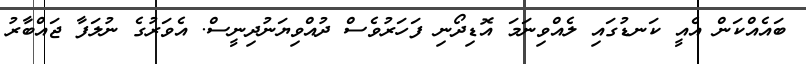
ބައެއްކަން އެއީ ކަނޑުގައި ލެއްވިނަމަ އޮޑިދޯނި ފަހަރުވެސް ދުއްވިޔަނުދިނީސް. އެވަރުގެ ނުލަފާ ޖައްބާރު